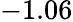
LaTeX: -1.06